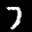
Label: 7